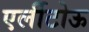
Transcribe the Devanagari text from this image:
एर्लीटोऊ